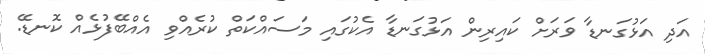
އަދި އަޅުގަނޑާ ވަރަށް ކައިރިން އަޅުގަނޑާ އެކުގައި މަސައްކަތް ކުރެއްވި އެއްބޭފުޅެއް ކޮނޑޭ.